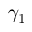
\gamma _ { 1 }